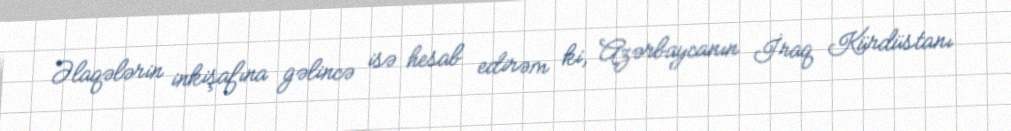
Əlaqələrin inkişafına gəlincə isə hesab edirəm ki, Azərbaycanın İraq Kürdüstanı